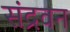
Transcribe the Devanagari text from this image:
संद्रवन